Lunatic asylums in Bengal annual reports 1888-1898 - 1888-1898
Year: 1888
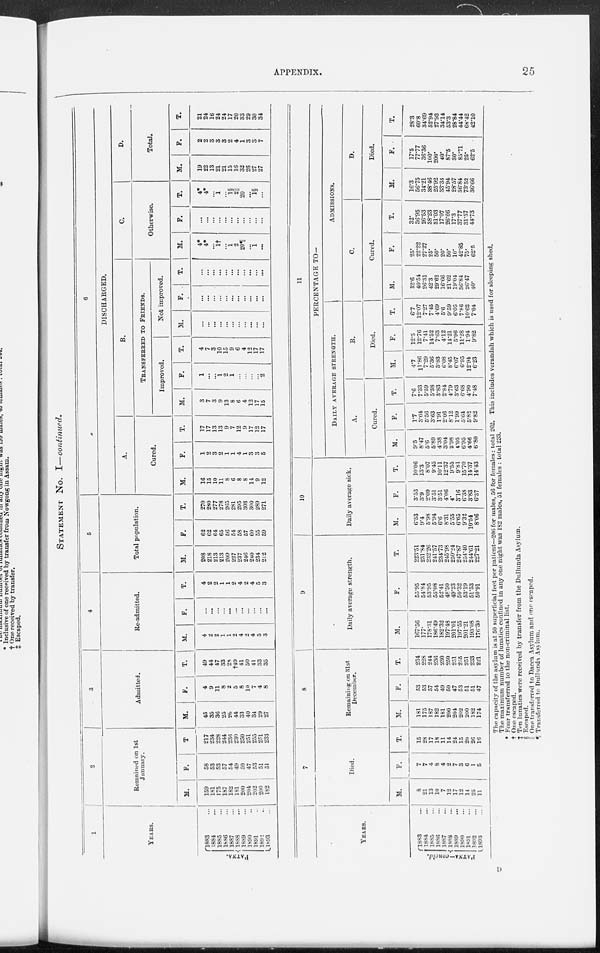
APPENDIX. 25
STATEMENT No. I—continued.
1
YEARS.
PATNA.
1883 ...
1884 ...
1885 ...
1886 ...
1887 ...
1888 ...
1889 ...
1890 ...
1891 ...
1892 ...
1893 ...
2
Remained on 1st
January.
M.
159
181
175
187
182
181
200
204
202
200
182
F.
58
53
53
57
54
49
50
47
53
51
51
T
217
234
228
244
236
230
250
251
255
251
233
3
Admitted.
M.
45
35
36
25
26
44
33
40
34
29
27
F.
4
9
11
8
2
5
8
10
7
4
8
T.
49
44
47
33
28
†49
41
50
41
33
35
4
Re-admitted.
M.
4
2
2
1
1
2
4
2
4
5
3
F.
...
...
...
...
...
...
...
...
...
...
...
T.
4
2
2
1
1
2
4
2
4
5
3
5
Total population.
M.
208
218
213
213
209
227
237
246
240
234
212
F.
62
62
64
65
56
54
58
57
60
55
59
T.
270
280
277
278
265
281
295
303
300
289
271
6
DISCHARGED.
A.
Cured.
M.
16
15
10
11
8
6
8
8
14
9
12
F.
1
2
3
2
1
1
4
1
3
3
5
T.
17
17
13
13
9
7
12
9
17
12
17
B.
TRANSFERRED TO FRIENDS.
Improved.
M.
3
7
3
9
13
8
6
4
12
17
15
F.
1
...
...
1
2
1
...
...
...
...
2
T.
4
7
3
10
15
9
6
4
12
17
17
Not improved.
M.
...
...
...
...
...
...
...
...
...
...
...
F.
...
...
...
...
...
...
...
...
...
...
...
T.
...
...
...
...
...
...
...
...
...
...
...
C.
Otherwise.
M.
4*
4*
...
1†
...
1
2
20¶
...
1
...
F.
...
...
...
...
...
...
...
...
...
...
...
T.
4*
4*
...
1
...
1§
2||
20
...
1§
...
D.
Total.
M.
19
22
13
21
21
15
16
32
26
27
27
F.
2
2
3
3
3
2
4
1
3
3
7
T.
21
24
16
24
24
17
20
33
29
30
34
YEARS.
PATNA—concld.
1883 ...
1884 ...
1885 ...
1886 ...
1887 ...
1888 ...
1889 ...
1890 ...
1891 ...
1892 ...
1893 ...
7
Died.
M.
8
21
13
10
7
12
17
12
14
25
11
F.
7
7
4
8
4
2
7
3
6
1
5
T.
15
28
17
18
11
14
24
15
20
26
16
8
Remaining on 31st
December.
M.
181
175
187
182
181
200
204
202
200
182
174
F.
53
53
57
54
49
50
47
53
51
51
47
T.
234
228
244
236
230
250
251
255
251
233
221
9
Daily average strength.
M.
167.56
177.
178.31
186.49
182.32
197.48
201.01
197.55
201.21
193.08
176.30
F.
55.95
54.84
53.95
55.08
52.41
48.50
49.23
50.32
53.19
51.53
50.91
T.
223.51
231.84
232.26
241.57
234.73
245.98
250.24
247.87
254.40
244.61
227.21
10
Daily average sick.
M.
6.53
9.4
5.98
5.94
6.6
8.31
5.55
6.65
9.32
10.54
8.06
F.
3.53
3.9
2.09
3.51
3.51
4.06
4.
3.16
6.38
3.83
6.37
T.
10.06
13.3
8.07
9.45
10.11
12.37
9.55
9.81
15.70
14.37
14.43
11
PERCENTAGE TO—
DAILY AVERAGE STRENGTH.
A.
Cured.
M.
9.5
8.47
5.6
5.89
4.38
3.04
3.98
4.05
6.95
4.66
6.80
F.
1.7
3.64
5.56
3.63
1.91
2.06
8.12
1.99
5.64
5.82
9.82
T.
7.6
7.33
5.59
5.38
3.83
2.84
4.79
3.63
6.68
4.90
7.48
B.
Died.
M.
4.7
11.86
7.29
5.36
3.83
6.08
8.45
6.07
6.95
12.94
6.23
F.
12.5
12.76
7.41
14.52
7.63
4.12
14.21
5.96
11.28
1.94
9.82
T.
6.7
12.07
7.27
7.45
4.69
5.6
9.59
6.05
7.86
10.62
7.04
ADMISSIONS.
C.
Cured.
M.
32.6
40.54
26.31
42.3
29.62
16.66
21.62
19.04
30.84
26.47
40.
F.
25.
22.22
27.27
25.
50.
20.
50.
10.
42.85
75.
62.5
T.
32.
36.95
26.53
38.23
31.03
17.07
26.66
17.3
37.77
31.57
44.73
D.
Died.
M.
16.3
56.75
34.21
38.46
25.92
33.33
45.94
28.57
36.84
73.52
36.66
F.
17.5
77.77
36.36
100.
200.
40.
87.5
30.
85.71
25.
62.5
T.
28.3
60.8
34.69
52.94
27.93
34.14
53.3
28.84
44.44
68.42
42.10
The capacity of the asylum is at 50 superficial feet per patient—206 for males, 56 for females: total 262. This includes verandah which is used for sleeping shed.
The maximum number of lunatics confined in any one night was 182 males, 51 females : total 233.
* Four transferred to the non-criminal list.
† One escaped.
‡ Ten lunatics were received by transfer from the Dullunda Asylum.
§ Escaped.
|| One transferred to Dacca Asylum and one escaped.
¶ Transferred to Dullunda Asylum.
D